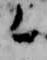
今